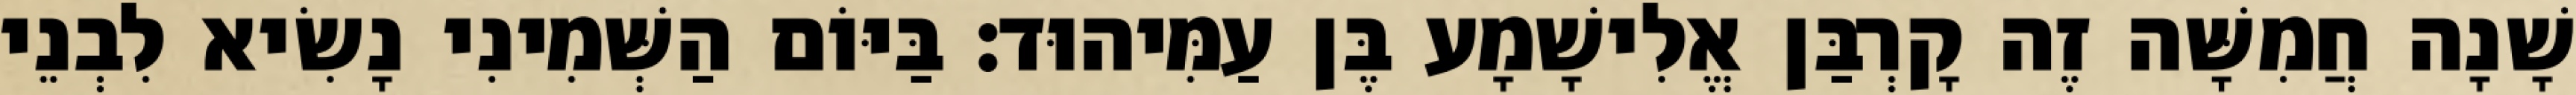
שָׁנָה חֲמִשָּׁה זֶה קָרְבַּן אֱלִישָׁמָע בֶּן עַמִּיהוּד׃ בַּיּוֹם הַשְּׁמִינִי נָשִׂיא לִבְנֵי